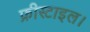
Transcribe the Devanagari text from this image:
फ्रीस्टाइल।